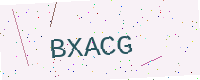
Text: BXACG